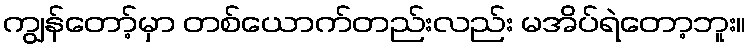
ကျွန်တော့်မှာ တစ်ယောက်တည်းလည်း မအိပ်ရဲတော့ဘူး။